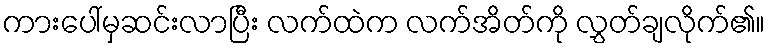
ကားပေါ်မှဆင်းလာပြီး လက်ထဲက လက်အိတ်ကို လွှတ်ချလိုက်၏။